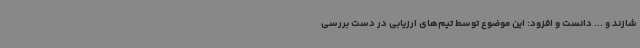
شازند و ... دانست و افزود: این موضوع توسط تیم‌های ارزیابی در دست بررسی